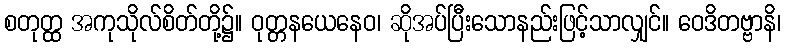
စတုတ္ထ အကုသိုလ်စိတ်တို့၌။ ဝုတ္တနယေနေဝ၊ ဆိုအပ်ပြီးသောနည်းဖြင့်သာလျှင်။ ဝေဒိတဗ္ဗာနိ၊